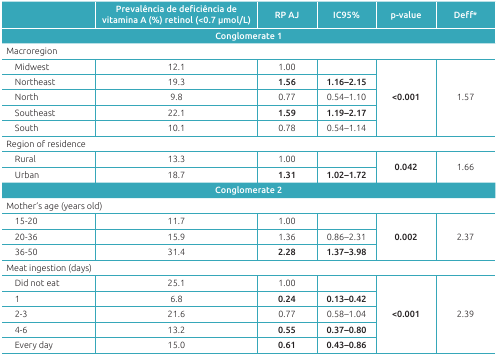
|  | Prevalência de deficiência de vitamina A (%)retinol (<0.7 μmol/L) | RP AJ | IC95% | p-value | Deff* |
 | <COLSPAN=6> Conglomerate 1 |
 | --- | --- | --- | --- | --- | --- |
 | <COLSPAN=6> Macroregion |
 | Midwest | 12.1 | 1.00 |  | <ROWSPAN=5> <0.001 | <ROWSPAN=5> 1.57 |
 | Northeast | 19.3 | 1.56 | 1.16-2.15 |
 | North | 9.8 | 0.77 | 0.54-1.10 |
 | Southeast | 22.1 | 1.59 | 1.19-2.17 |
 | South | 10.1 | 0.78 | 0.54-1.14 |
 | <COLSPAN=6> Region of residence |
 | Rural | 13.3 | 1.00 |  | <ROWSPAN=2> 0.042 | <ROWSPAN=2> 1.66 |
 | Urban | 18.7 | 1.31 | 1.02-1.72 |
 | <COLSPAN=6> Conglomerate 2 |
 | <COLSPAN=6> Mother’s age (years old) |
 | 15-20 | 11.7 | 1.00 |  | <ROWSPAN=3> 0.002 | <ROWSPAN=3> 2.37 |
 | 20-36 | 15.9 | 1.36 | 0.86-2.31 |
 | 36-50 | 31.4 | 2.28 | 1.37-3.98 |
 | <COLSPAN=6> Meat ingestion (days) |
 | Did not eat | 25.1 | 1.00 |  | <ROWSPAN=5> <0.001 | <ROWSPAN=5> 2.39 |
 | 1 | 6.8 | 0.24 | 0.13-0.42 |
 | 2-3 | 21.6 | 0.77 | 0.58-1.04 |
 | 4-6 | 13.2 | 0.55 | 0.37-0.80 |
 | Every day | 15.0 | 0.61 | 0.43-0.86 |